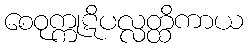
စေဝုက္ကုဋိပလ္လတ္ထိကာယ